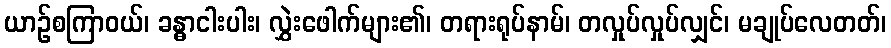
ယာဉ်စကြာဝယ်၊ ခန္ဓာငါးပါး၊ လွှဲးဖေါက်များ၏၊ တရားရုပ်နာမ်၊ တလှုပ်လှုပ်လျှင်၊ မချုပ်လေတတ်၊